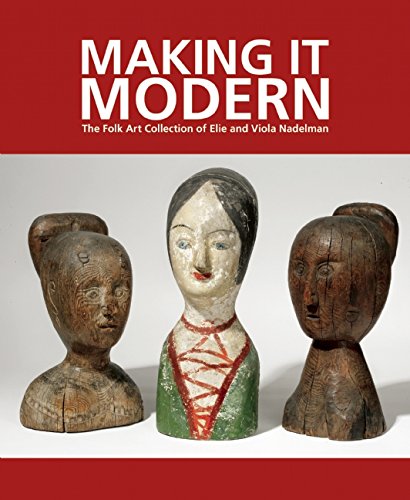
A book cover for Making It Modern: The Folk Art Collection of Elie and Viola Nadelman; Margaret K. Hofer; Humor & Entertainment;